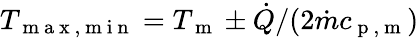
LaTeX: T_{\mathrm{~m~a~x~,~m~i~n~}}=T_{\mathrm{~m~}}\pm\dot{Q}/(2\dot{m}c_{\mathrm{~p~,~m~}})